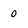
Character: 0